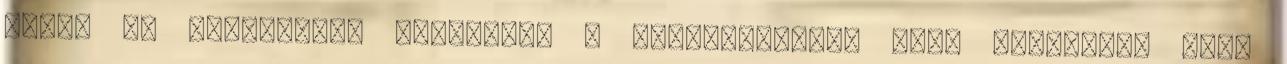
adott az országnak. Mindhárom a leghiresebbek közé tartozott azok